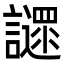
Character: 䜚